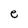
Character: e